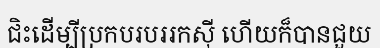
ជិះដើម្បីប្រកបរបររកស៊ី ហើយក៏បានជួយ